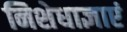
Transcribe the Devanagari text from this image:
निशेधाज्ञाएं